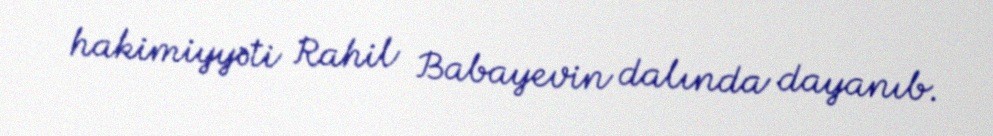
hakimiyyəti Rahil Babayevin dalında dayanıb.